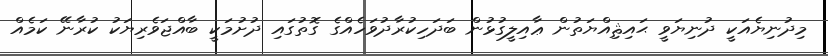
މިދުނިޔެއަކީ ދުނިޔަވީ ޙައިޘިއްޔަތުން ޢާއިލީގުޅުން ބަދަހިކުރާދުވަހެއްގެ ގޮތުގައި ދުށުމަކީ ބާއްޖަވެރިޔަކު ކުރާނޭ ކަމެއް